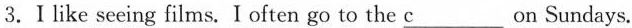
3.Ⅰlike seeing films. I often go to the